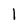
Character: l